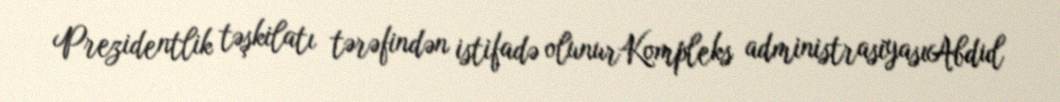
Prezidentlik təşkilatı tərəfindən istifadə olunurKompleks administrasiyasıAbdul